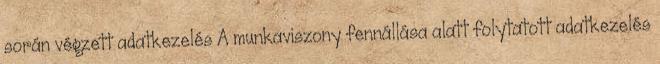
során végzett adatkezelés A munkaviszony fennállása alatt folytatott adatkezelés